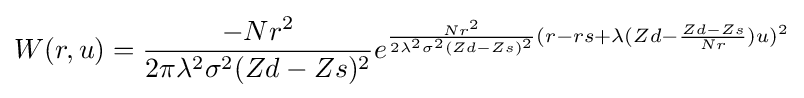
W(r,u)={\frac {-Nr^{2}}{2\pi \lambda ^{2}\sigma ^{2}(Zd-Zs)^{2}}}e^{{\frac {Nr^{2}}{2\lambda ^{2}\sigma ^{2}(Zd-Zs)^{2}}}(r-rs+\lambda (Zd-{\frac {Zd-Zs}{Nr}})u)^{2}}